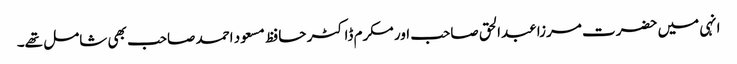
انہی میں حضرت مرزا عبدالحق صاحب اور مکرم ڈاکٹر حافظ مسعود احمد صاحب بھی شامل تھے۔